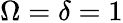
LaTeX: \Omega=\delta=1